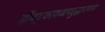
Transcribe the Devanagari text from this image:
ह्रींबटुकायआपदुद्धारणाय